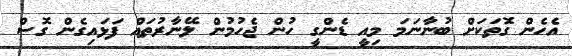
އެހެން ގޮތަކަށް ބުނާނަމަ މިއީ ޑެންގީ ހުން ޖެހުމުން ލޭނާރުތައް ފަޅައިގެން ގޮސް